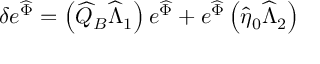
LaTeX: \delta e ^ { \widehat { \Phi } } = \left( \widehat { Q } _ { B } \widehat { \Lambda } _ { 1 } \right) e ^ { \widehat { \Phi } } + e ^ { \widehat { \Phi } } \left( \widehat { \eta } _ { 0 } \widehat { \Lambda } _ { 2 } \right)